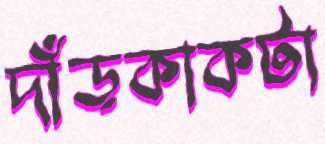
দাঁড়কাকটা